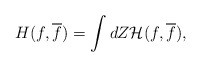
\begin{align*}H(f,\overline f)=\int dZ {\cal H}(f,\overline f),\end{align*}